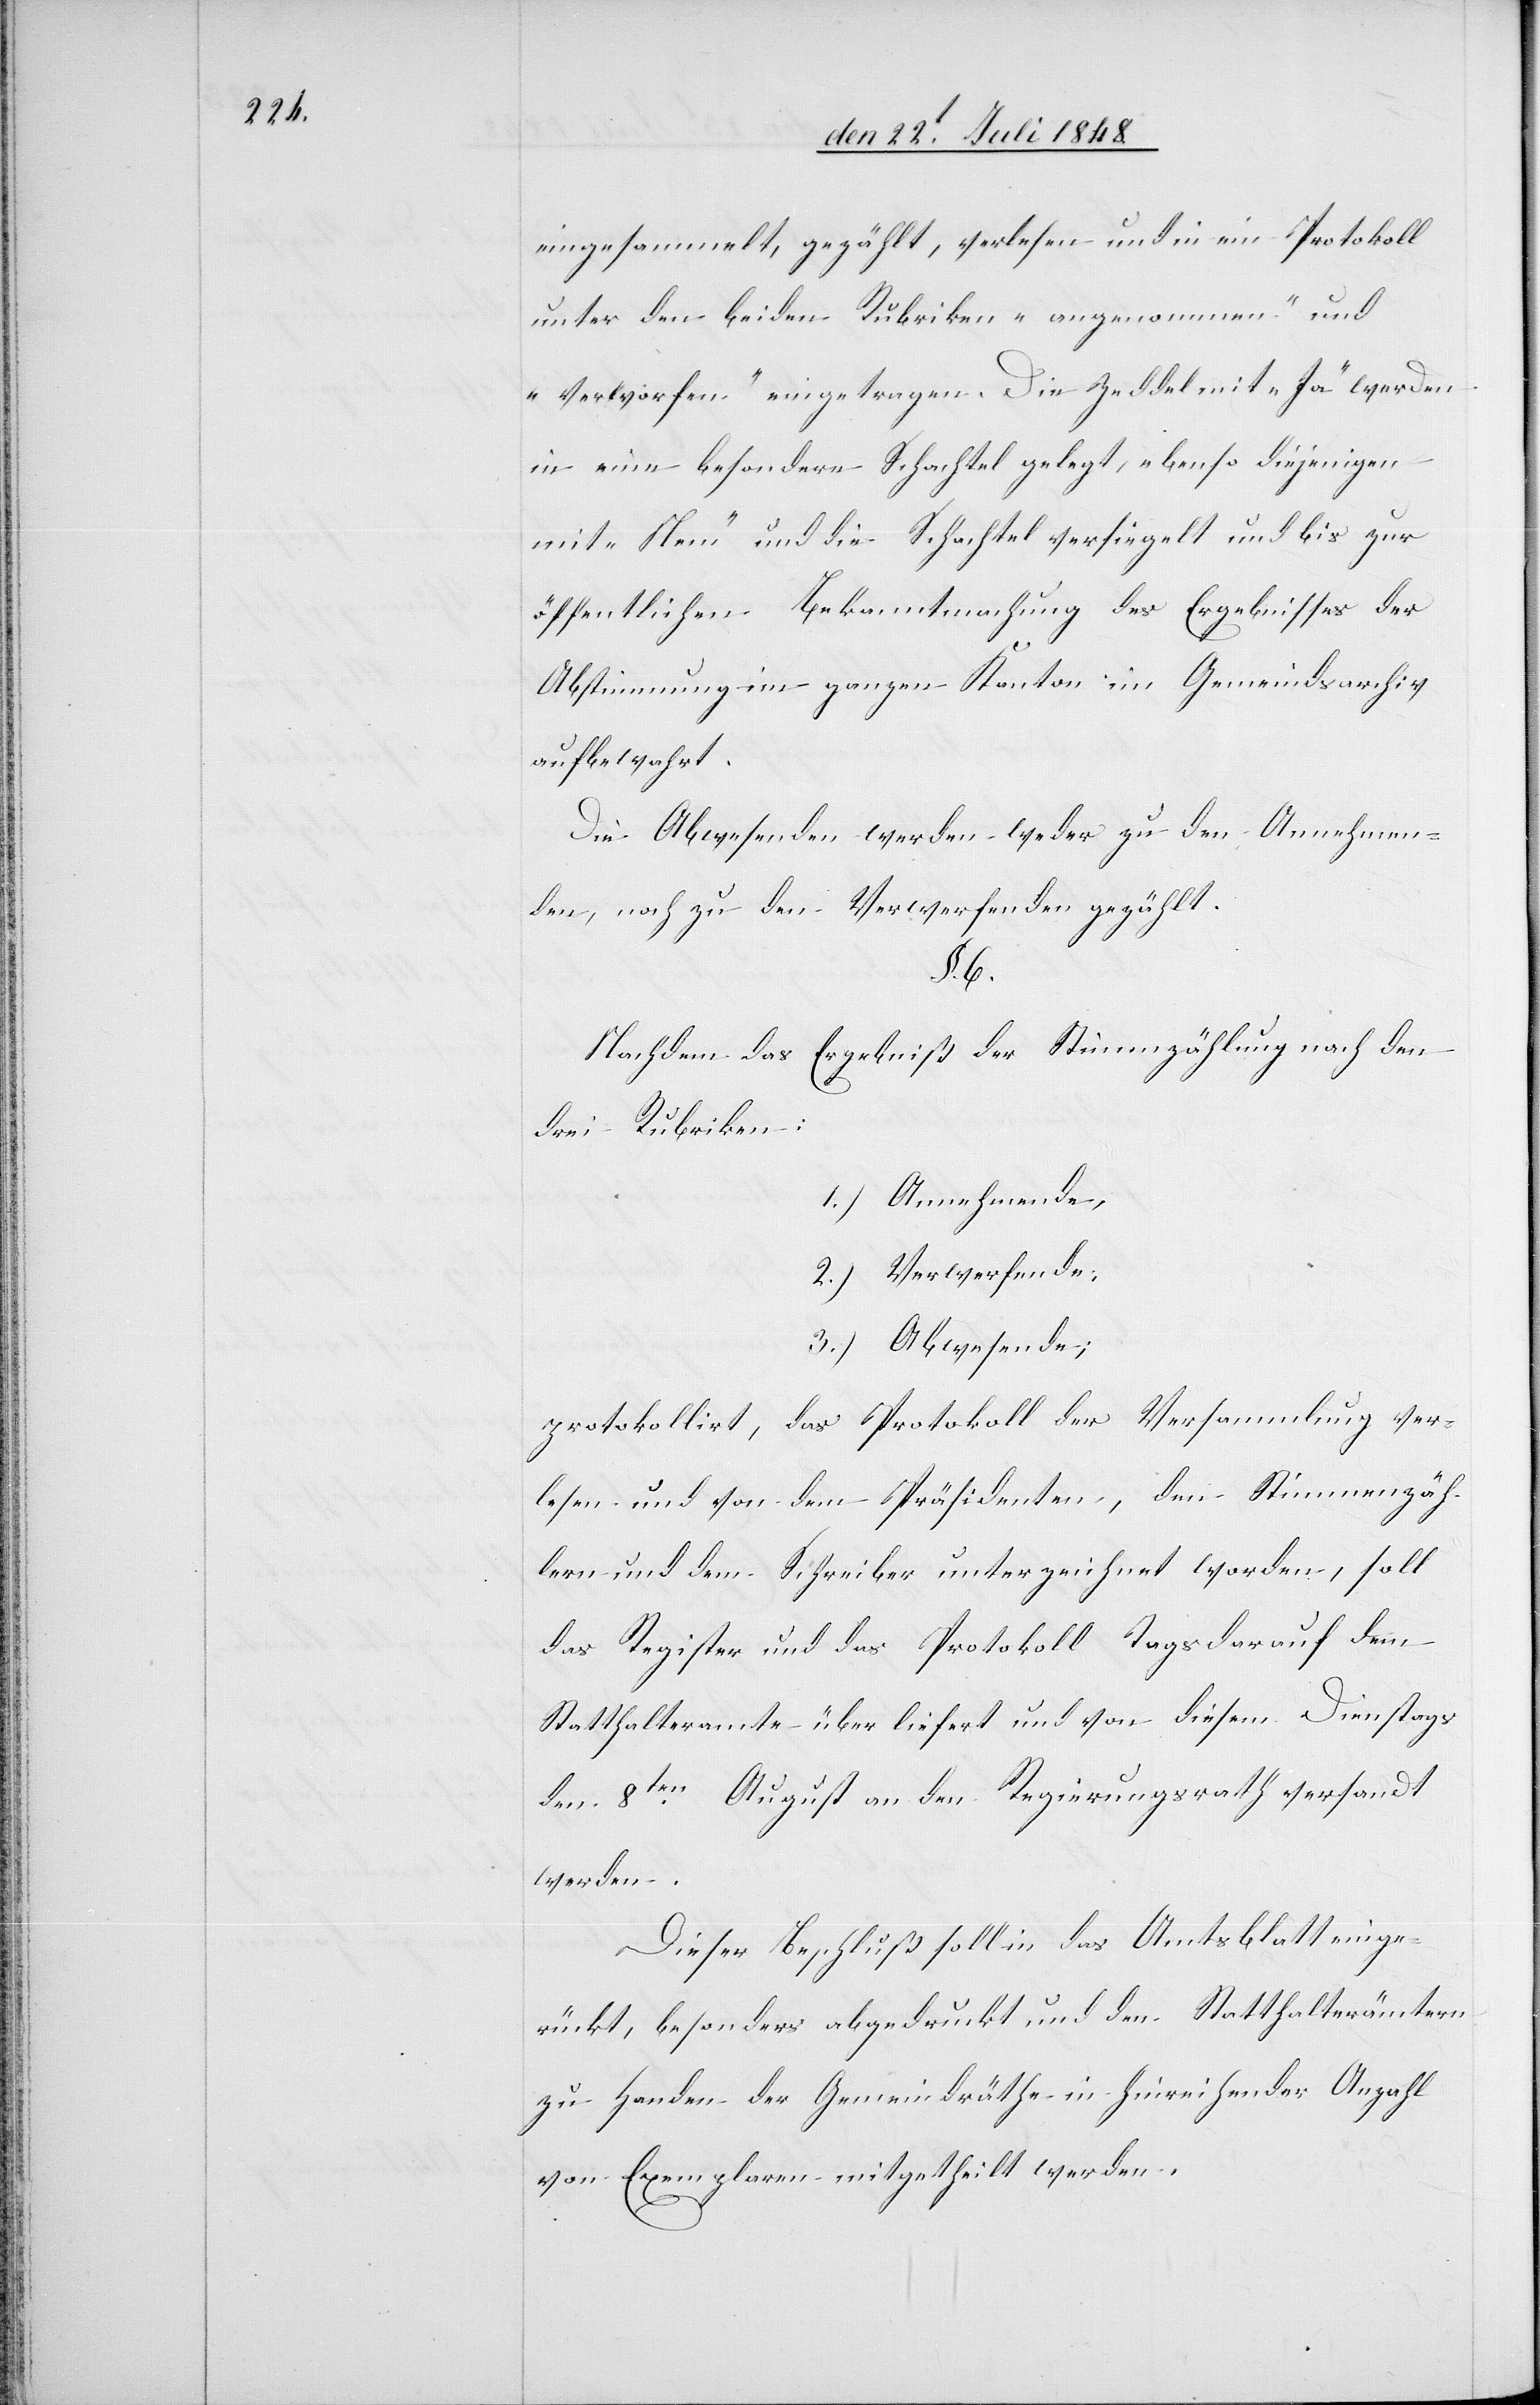
eingesammelt, gezählt, verlesen und in ein Protokoll
unter den beiden Rubriken „angenommen“ und
„verworfen“ eingetragen. Die Zeddel mit „Ja“ werden
in eine besondere Schachtel gelegt, ebenso diejenigen
mit „Nein“ und die Schachtel versiegelt und bis zur
öffentlichen Bekanntmachung des Ergebnisses der
Abstimmung im ganzen Kanton im Gemeindsarchiv
aufbewahrt.
Die Abwesenden werden weder zu den Annehmen¬
den, noch zu den Verwerfenden gezählt.
§. 6.
Nachdem das Ergebniß der Stimmzählung nach den
drei Rubriken:
1.) Annehmende,
2.) Verwerfende;
3.) Abwesende;
protokollirt, das Protokoll der Versammlung ver¬
lesen und von dem Präsidenten, den Stimmenzäh¬
lern und dem Schreiber unterzeichnet worden, soll
das Register und das Protokoll Tags darauf dem
Statthalteramte überliefert und von diesem Dienstags
den 8ten August an den Regierungsrath versandt
werden.
Dieser Beschluß soll in das Amtsblatt einge¬
rückt, besonders abgedruckt und den Statthalterämtern
zu Handen der Gemeindräthe in hinreichender Anzahl
von Exemplaren mitgetheilt werden.